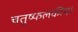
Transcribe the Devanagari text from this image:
चतुष्फलकीय।